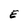
Character: E